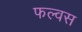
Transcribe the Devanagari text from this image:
फल्वस